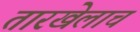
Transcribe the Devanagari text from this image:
तारखेलाच